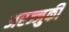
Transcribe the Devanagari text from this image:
अरज्जुकी